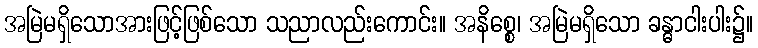
အမြဲမရှိသောအားဖြင့်ဖြစ်သော သညာလည်းကောင်း။ အနိစ္စေ၊ အမြဲမရှိသော ခန္ဓာငါးပါး၌။